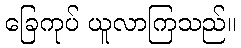
ခြေကုပ် ယူလာကြသည်။